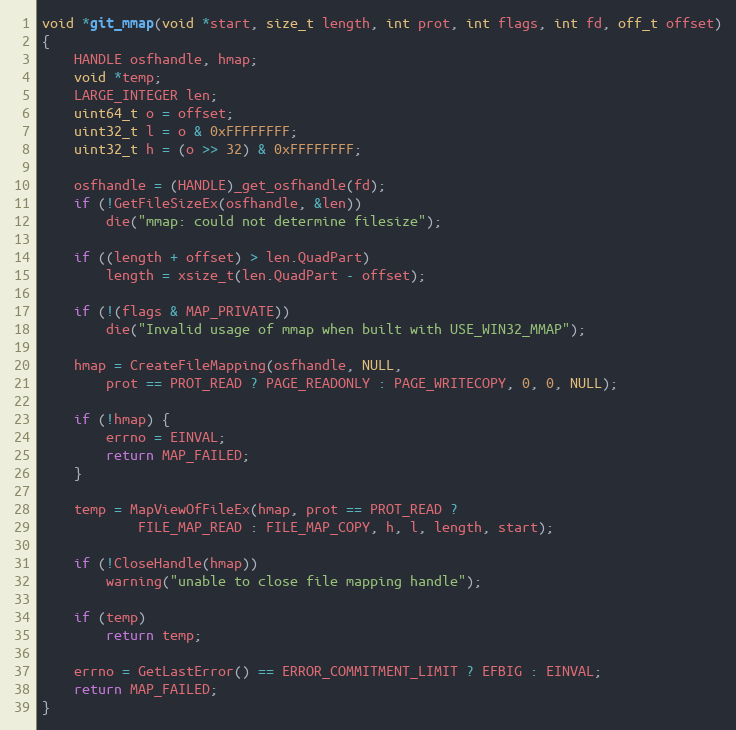
Language: C
void *git_mmap(void *start, size_t length, int prot, int flags, int fd, off_t offset)
{
	HANDLE osfhandle, hmap;
	void *temp;
	LARGE_INTEGER len;
	uint64_t o = offset;
	uint32_t l = o & 0xFFFFFFFF;
	uint32_t h = (o >> 32) & 0xFFFFFFFF;

	osfhandle = (HANDLE)_get_osfhandle(fd);
	if (!GetFileSizeEx(osfhandle, &len))
		die("mmap: could not determine filesize");

	if ((length + offset) > len.QuadPart)
		length = xsize_t(len.QuadPart - offset);

	if (!(flags & MAP_PRIVATE))
		die("Invalid usage of mmap when built with USE_WIN32_MMAP");

	hmap = CreateFileMapping(osfhandle, NULL,
		prot == PROT_READ ? PAGE_READONLY : PAGE_WRITECOPY, 0, 0, NULL);

	if (!hmap) {
		errno = EINVAL;
		return MAP_FAILED;
	}

	temp = MapViewOfFileEx(hmap, prot == PROT_READ ?
			FILE_MAP_READ : FILE_MAP_COPY, h, l, length, start);

	if (!CloseHandle(hmap))
		warning("unable to close file mapping handle");

	if (temp)
		return temp;

	errno = GetLastError() == ERROR_COMMITMENT_LIMIT ? EFBIG : EINVAL;
	return MAP_FAILED;
}